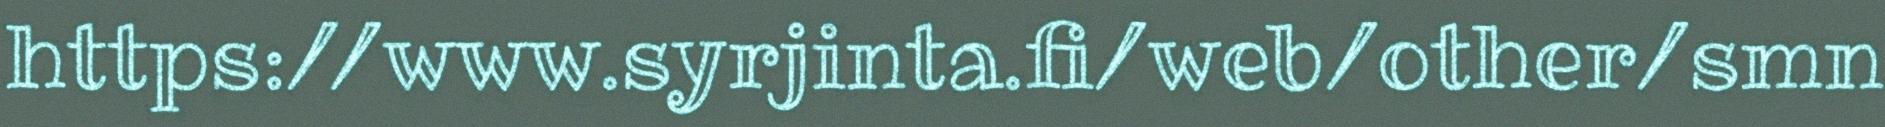
https://www.syrjinta.fi/web/other/smn